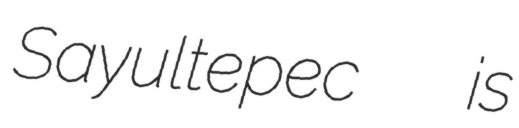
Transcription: Sayultepec  is